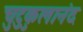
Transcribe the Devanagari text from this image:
चुटुकुलानंद